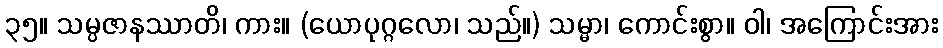
၃၅။ သမ္ပဇာနဿာတိ၊ ကား။ (ယောပုဂ္ဂလော၊ သည်။) သမ္မာ၊ ကောင်းစွာ။ ဝါ၊ အကြောင်းအား